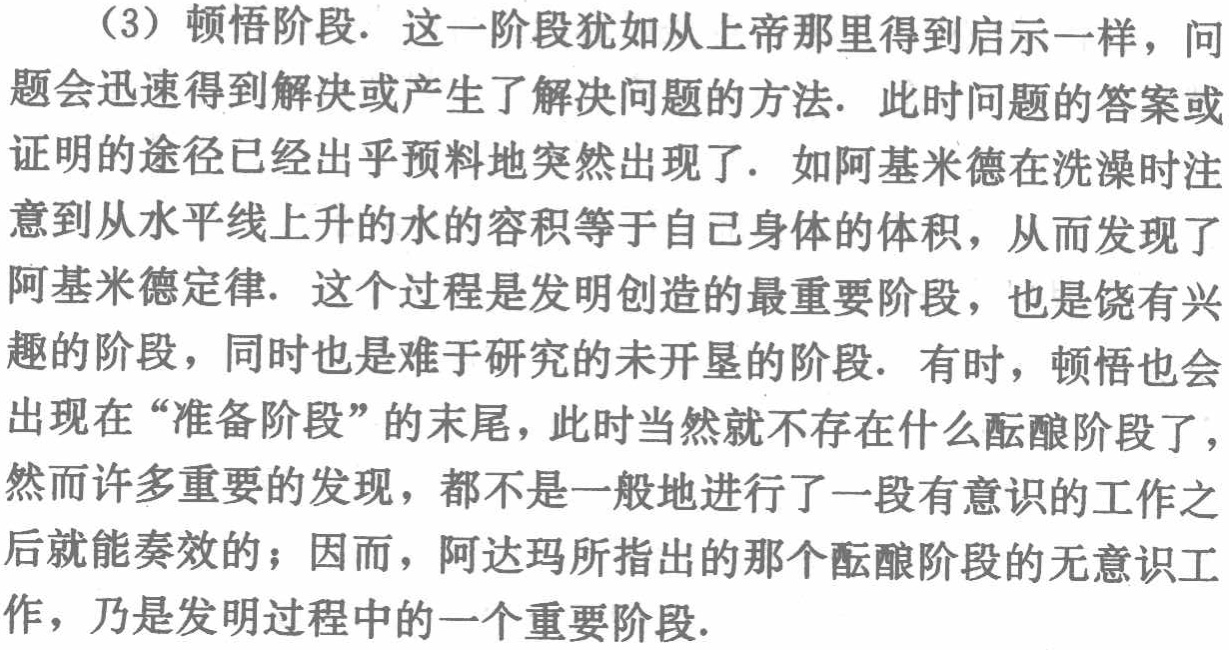
（3）顿悟阶段. 这一阶段犹如从上帝那里得到启示一样，问题会迅速得到解决或产生了解决问题的方法. 此时问题的答案或证明的途径已经出乎预料地突然出现了. 如阿基米德在洗澡时注意到从水平线上升的水的容积等于自己身体的体积，从而发现了阿基米德定律. 这个过程是发明创造的最重要阶段，也是饶有兴趣的阶段，同时也是难于研究的未开垦的阶段. 有时，顿悟也会出现在“准备阶段”的末尾，此时当然就不存在什么酝酿阶段了，然而许多重要的发现，都不是一般地进行了一段有意识的工作之后就能奏效的；因而，阿达玛所指出的那个酝酿阶段的无意识工作，乃是发明过程中的一个重要阶段.